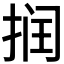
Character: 𰓷